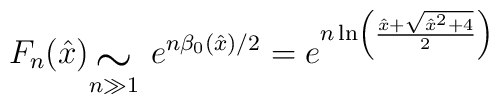
F_n (\hat{x}){}_{\stackrel{\mbox{\Large $\sim$}}{n \gg 1}}\ e^{n\beta_0({\hat x})/2} = e^{n \ln\left( \frac{{\hat x}+\sqrt{{\hat x}^2+4}}{2}\right)}